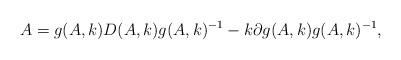
LaTeX: \begin{align*}A=g(A,k)D(A,k)g(A,k)^{-1}-k\partial g(A,k) g(A,k)^{-1},\end{align*}